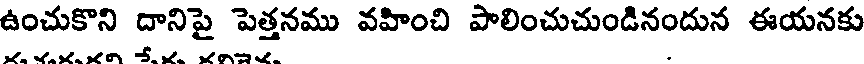
ఉంచుకొని దానిపై పెత్తనము వహించి పాలించుచుండినందున ఈయనకు